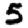
Digit: 5